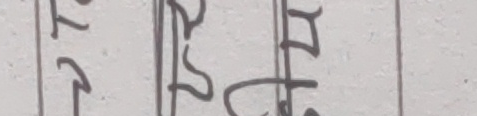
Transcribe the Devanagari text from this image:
परस ट६